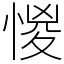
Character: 惾